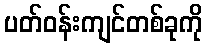
ပတ်ဝန်းကျင်တစ်ခုကို